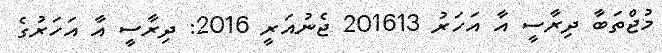
މުޖްތަބާ ދިރާސީ އާ އަހަރު 201613 ޖެނުއަރީ 2016: ދިރާސީ އާ އަހަރުގެ